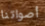
أصواتنا